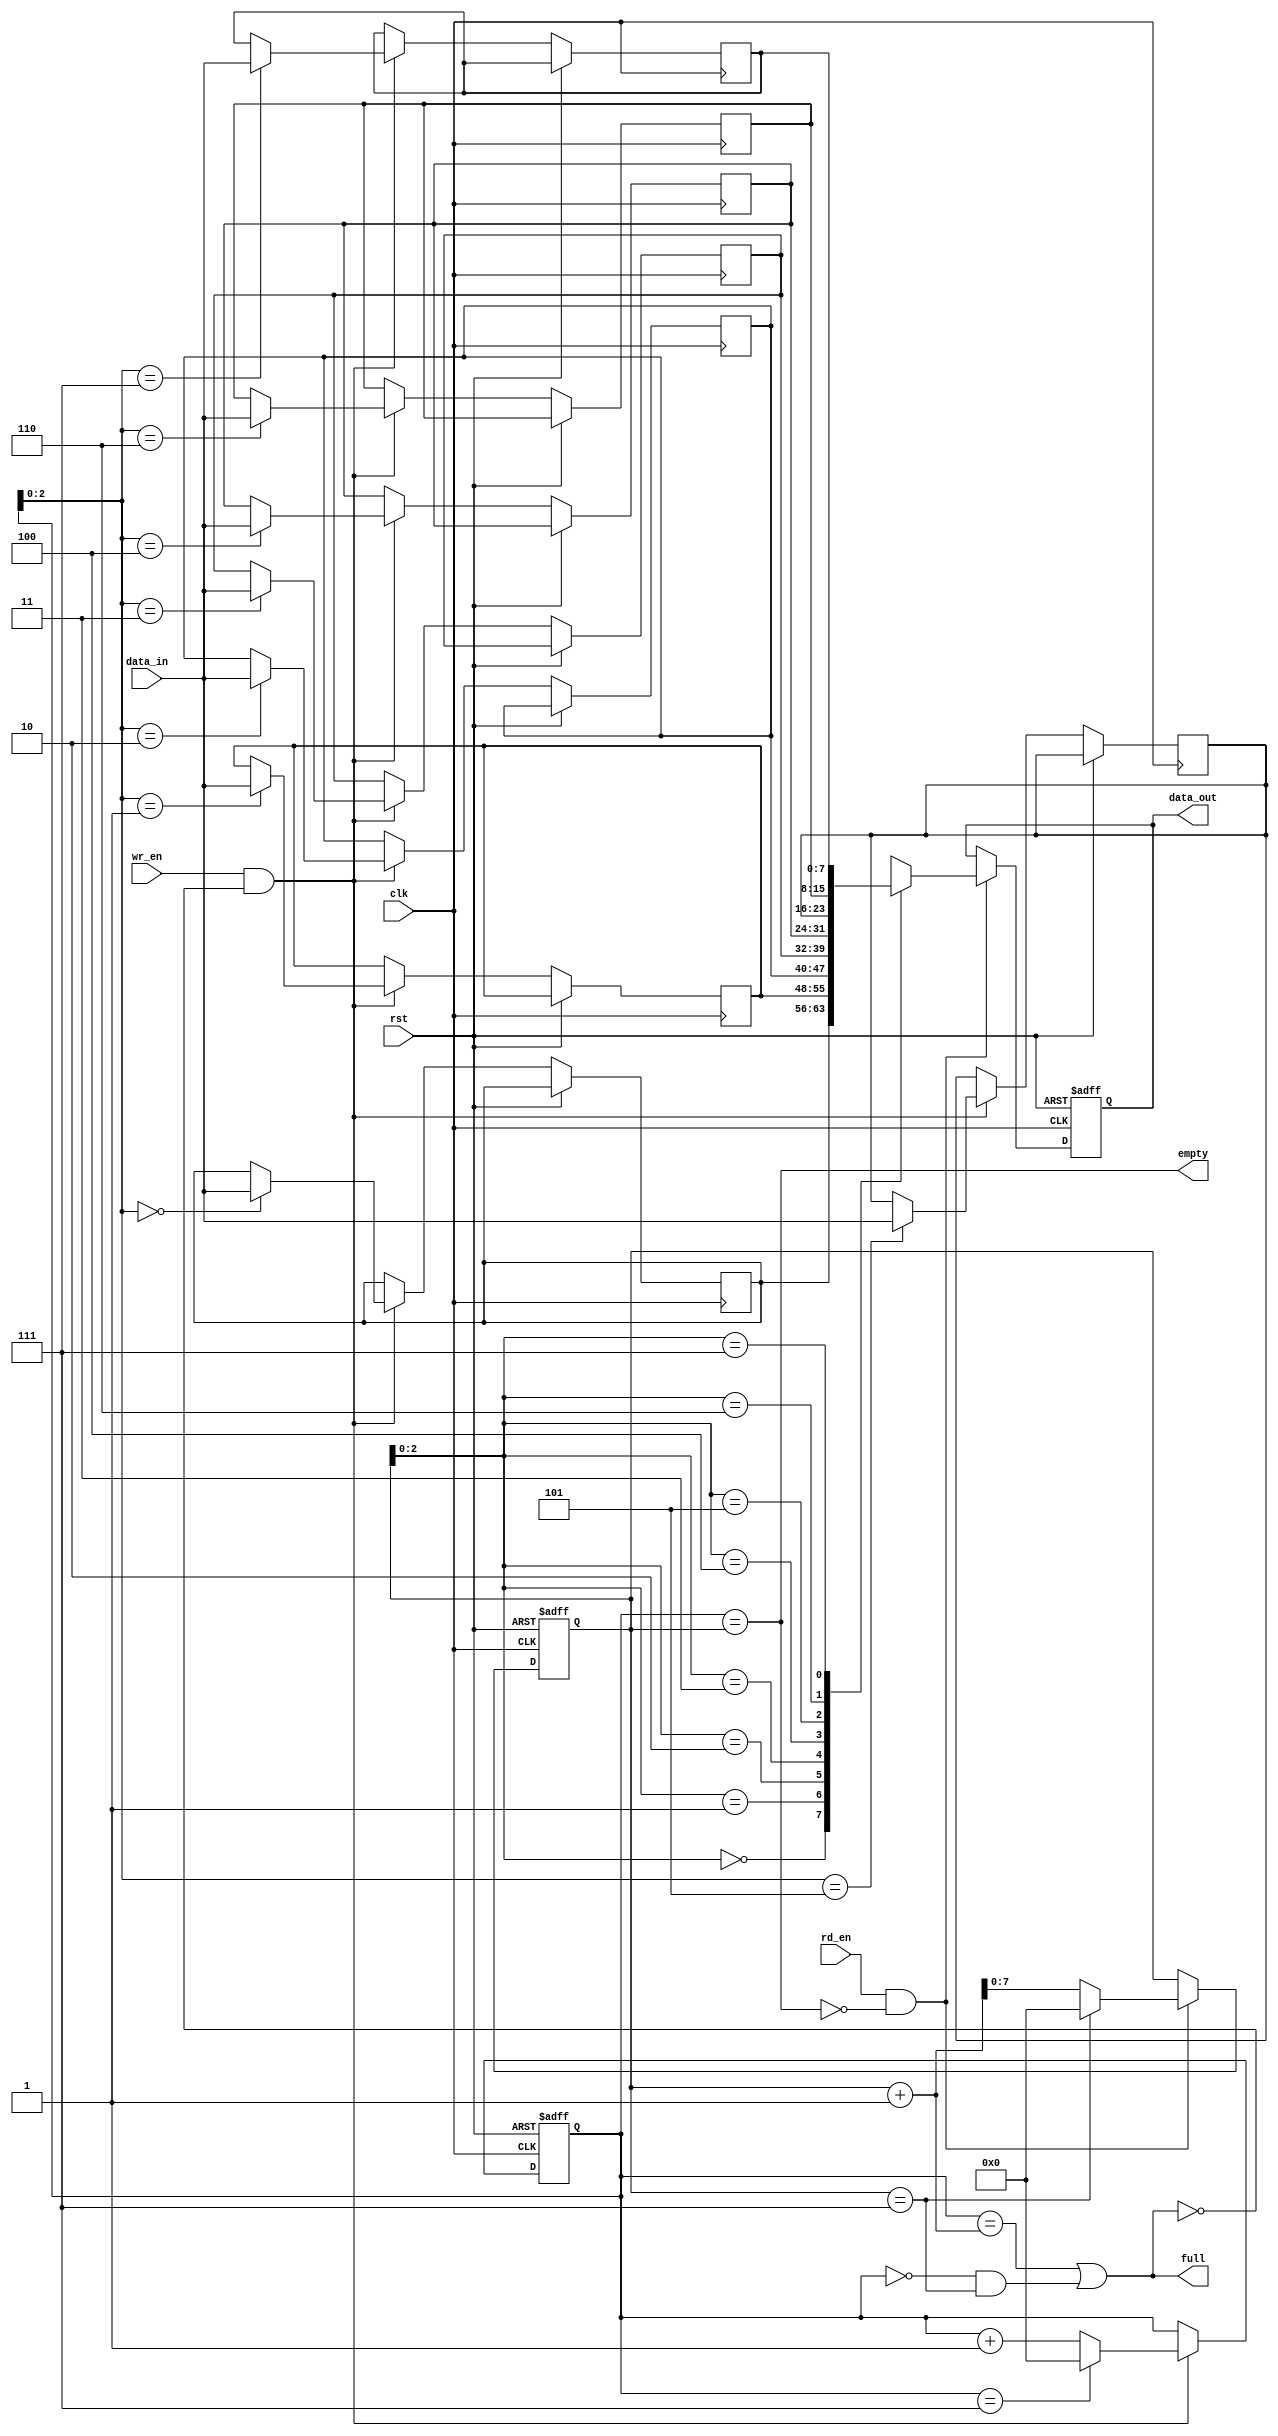
module fifo
  #(parameter FIFO_SIZE = 8,
    parameter DATA_WIDTH = 8)
  (
    input wire clk,
    input wire rst,
    input wire wr_en,
    input wire rd_en,
    input wire [DATA_WIDTH-1:0] data_in,
    output reg [DATA_WIDTH-1:0] data_out,
    output wire full,
    output wire empty
  );

  reg [DATA_WIDTH-1:0] buffer [0:FIFO_SIZE-1];
  reg [DATA_WIDTH-1:0] head = 0;
  reg [DATA_WIDTH-1:0] tail = 0;

  always @(posedge clk or posedge rst) begin
    if (rst) begin
      head <= 0;
      tail <= 0;
      data_out <= 0;
    end else begin
      if (wr_en && !full) begin
        buffer[head] <= data_in;
        head <= (head == FIFO_SIZE-1) ? 0 : head + 1;
      end

      if (rd_en && !empty) begin
        data_out <= buffer[tail];
        tail <= (tail == FIFO_SIZE-1) ? 0 : tail + 1;
      end
    end
  end

  assign full = (head == tail + 1) || (head == 0 && tail == FIFO_SIZE-1);
  assign empty = (head == tail);

endmodule